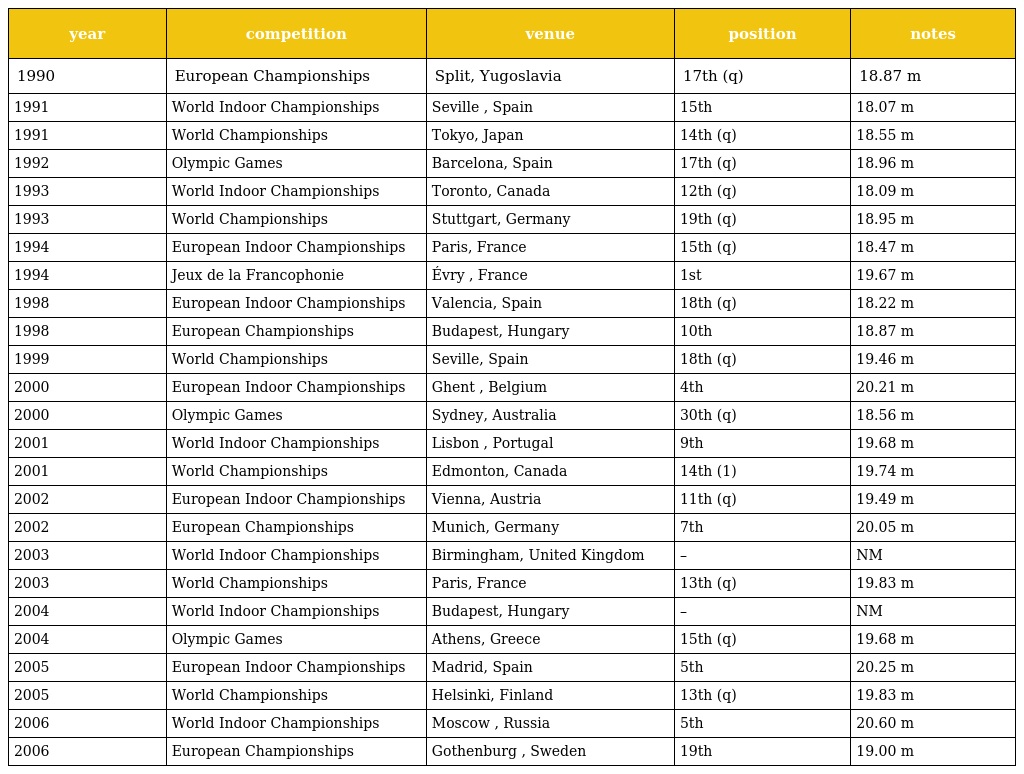
| year | competition | venue | position | notes |
 | --- | --- | --- | --- | --- |
 | 1990 | European Championships | Split, Yugoslavia | 17th (q) | 18.87 m |
 | 1991 | World Indoor Championships | Seville , Spain | 15th | 18.07 m |
 | 1991 | World Championships | Tokyo, Japan | 14th (q) | 18.55 m |
 | 1992 | Olympic Games | Barcelona, Spain | 17th (q) | 18.96 m |
 | 1993 | World Indoor Championships | Toronto, Canada | 12th (q) | 18.09 m |
 | 1993 | World Championships | Stuttgart, Germany | 19th (q) | 18.95 m |
 | 1994 | European Indoor Championships | Paris, France | 15th (q) | 18.47 m |
 | 1994 | Jeux de la Francophonie | Évry , France | 1st | 19.67 m |
 | 1998 | European Indoor Championships | Valencia, Spain | 18th (q) | 18.22 m |
 | 1998 | European Championships | Budapest, Hungary | 10th | 18.87 m |
 | 1999 | World Championships | Seville, Spain | 18th (q) | 19.46 m |
 | 2000 | European Indoor Championships | Ghent , Belgium | 4th | 20.21 m |
 | 2000 | Olympic Games | Sydney, Australia | 30th (q) | 18.56 m |
 | 2001 | World Indoor Championships | Lisbon , Portugal | 9th | 19.68 m |
 | 2001 | World Championships | Edmonton, Canada | 14th (1) | 19.74 m |
 | 2002 | European Indoor Championships | Vienna, Austria | 11th (q) | 19.49 m |
 | 2002 | European Championships | Munich, Germany | 7th | 20.05 m |
 | 2003 | World Indoor Championships | Birmingham, United Kingdom | – | NM |
 | 2003 | World Championships | Paris, France | 13th (q) | 19.83 m |
 | 2004 | World Indoor Championships | Budapest, Hungary | – | NM |
 | 2004 | Olympic Games | Athens, Greece | 15th (q) | 19.68 m |
 | 2005 | European Indoor Championships | Madrid, Spain | 5th | 20.25 m |
 | 2005 | World Championships | Helsinki, Finland | 13th (q) | 19.83 m |
 | 2006 | World Indoor Championships | Moscow , Russia | 5th | 20.60 m |
 | 2006 | European Championships | Gothenburg , Sweden | 19th | 19.00 m |